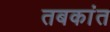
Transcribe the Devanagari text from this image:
तबकांत